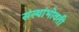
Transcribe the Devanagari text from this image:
संस्थांभोवती